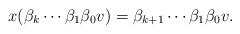
LaTeX: \begin{align*}x(\beta_k \cdots \beta_1 \beta_0 v) = \beta_{k+1} \cdots \beta_1 \beta_0 v.\end{align*}